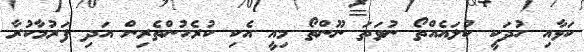
ކަޅާއި ހުދަކީ ކުލައެއްތޯ ނުވަތަ ނޫންތޯ މިއީ އެކި ކުރެހުންތެރިން އަދި ފަރުމާކުރާ